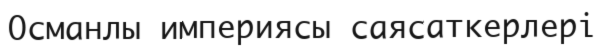
Османлы империясы саясаткерлері